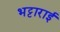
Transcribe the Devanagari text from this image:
भट्टाराई